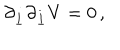
\partial _ { \underline { { { i } } } } \partial _ { \underline { { { i } } } } V = 0 \, ,